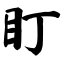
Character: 盯